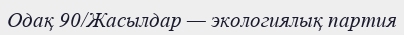
Одақ 90/Жасылдар — экологиялық партия